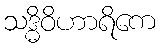
သဒ္ဓိဝိဟာရိကေ